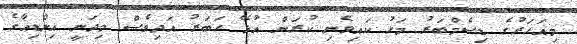
މިއަހަރުގެ ޑިސެމްބަރު މަހު ކައިވެނި ކުރަން އުޅޭ ހަބަރު އަދިވެސް މިދަނީ އިންޑިއާގެ